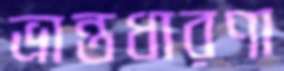
ভ্রান্তধারণা